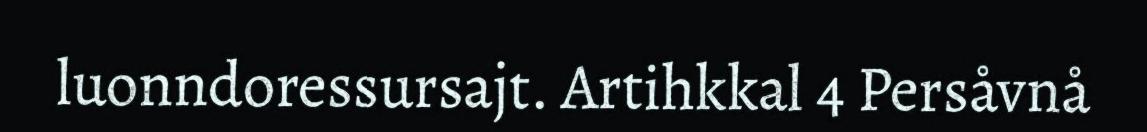
luonndoressursajt. Artihkkal 4 Persåvnå